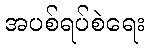
အပစ်ရပ်စဲရေး